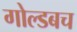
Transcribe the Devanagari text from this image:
गोल्डबच